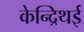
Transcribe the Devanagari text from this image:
केन्द्रिथई